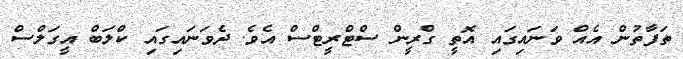
ތަފާތުން އެއް ވަނައިގައި އޮތީ ގްރީން ސްޓްރީޓްސް އެވެ. ދެވަނައިގައި ކްލަބް އީގަލްސް